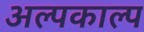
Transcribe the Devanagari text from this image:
अल्पकाल्प